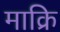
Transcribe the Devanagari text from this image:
माक्रि